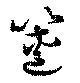
篋